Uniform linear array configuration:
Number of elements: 24
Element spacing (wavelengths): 0.25
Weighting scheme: blackman
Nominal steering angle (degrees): -60
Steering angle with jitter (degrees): -61.025
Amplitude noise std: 0.05
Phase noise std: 0.05

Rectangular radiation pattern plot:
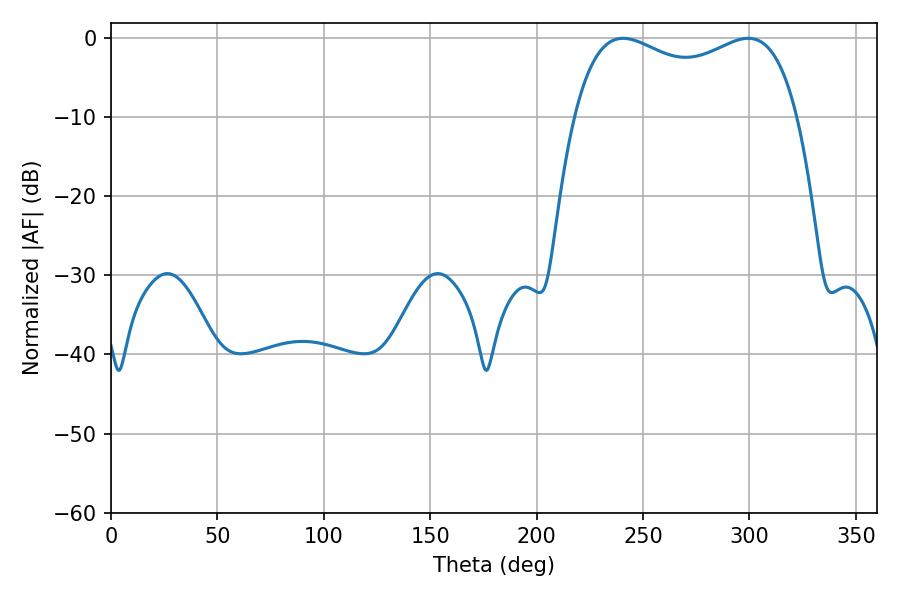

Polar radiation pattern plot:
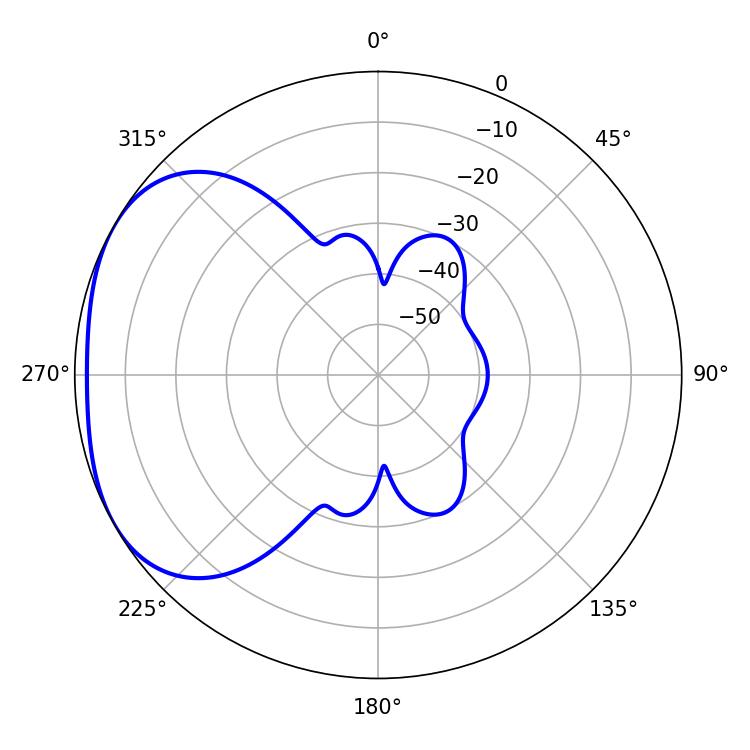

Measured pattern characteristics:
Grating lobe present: FALSE
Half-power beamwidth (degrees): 86.76
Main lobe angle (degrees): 240.66